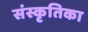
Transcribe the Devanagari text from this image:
संस्कृतिका